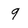
Character: 9